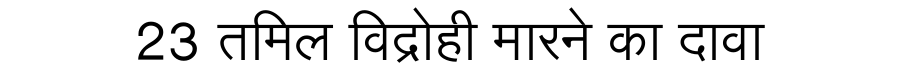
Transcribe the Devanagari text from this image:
23 तमिल विद्रोही मारने का दावा